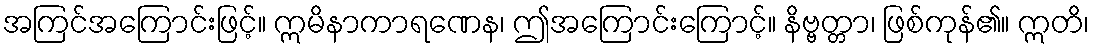
အကြင်အကြောင်းဖြင့်။ ဣမိနာကာရဏေန၊ ဤအကြောင်းကြောင့်။ နိဗ္ဗတ္တာ၊ ဖြစ်ကုန်၏။ ဣတိ၊